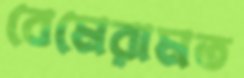
বেমেরামত